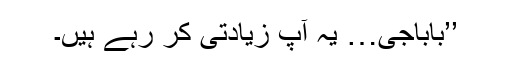
’’باباجی… یہ آپ زیادتی کر رہے ہیں۔